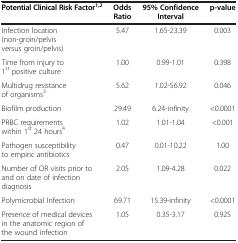
<table><thead><tr><td><b>Potential Clinical Risk Factor<sup>1,2</sup></b></td><td><b>Odds Ratio</b></td><td><b>95% Confidence Interval</b></td><td><b>p-value</b></td></tr></thead><tbody><tr><td>Infection location (non-groin/pelvis versus groin/pelvis)</td><td>5.47</td><td>1.65-23.39</td><td>0.003</td></tr><tr><td>Time from injury to 1<sup>st</sup> positive culture</td><td>1.00</td><td>0.99-1.01</td><td>0.398</td></tr><tr><td>Multidrug resistance of organisms<sup>3</sup></td><td>5.62</td><td>1.02-56.92</td><td>0.046</td></tr><tr><td>Biofilm production</td><td>29.49</td><td>6.24-infinity</td><td>&lt;0.0001</td></tr><tr><td>PRBC requirements within 1<sup>st</sup> 24 hours<sup>4</sup></td><td>1.02</td><td>1.01-1.04</td><td>&lt;0.001</td></tr><tr><td>Pathogen susceptibility to empiric antibiotics</td><td>0.47</td><td>0.01-10.22</td><td>1.00</td></tr><tr><td>Number of OR visits prior to and on date of infection diagnosis</td><td>2.05</td><td>1.09-4.28</td><td>0.022</td></tr><tr><td>Polymicrobial Infection</td><td>69.71</td><td>15.39-infinity</td><td>&lt;0.0001</td></tr><tr><td>Presence of medical devices in the anatomic region of the wound infection</td><td>1.05</td><td>0.35-3.17</td><td>0.925</td></tr></tbody></table>